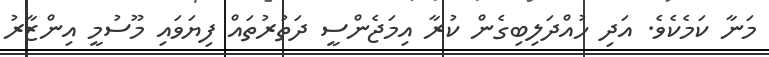
މަނާ ކަމެކެވެ. އަދި ހުއްދަލިބިގެން ކުރާ އިމަޖެންސީ ދަތުރުތައް ފިޔަވައި މޫސުމީ އިންޒާރު